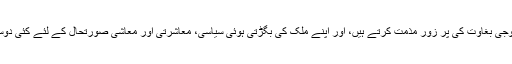
وہ کہتے ہیں کہ ہم18 فروری کی فوجی بغاوت کی پر زور مذمت کرتے ہیں، اور اپنے ملک کی بگڑتی ہوئی سیاسی، معاشرتی اور معاشی صورتحال کے لئے کئی دوسرے عناصر کوذمہ دار ٹہراتے ہیں۔